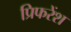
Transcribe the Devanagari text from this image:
प्रिफरेंश